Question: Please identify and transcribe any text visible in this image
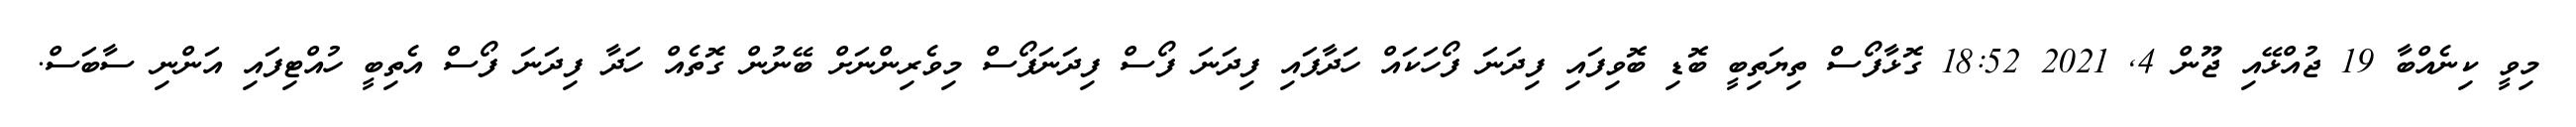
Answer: މިވީ ކިނެއްބާ 19 ޖުއްޅޭއި ޖޫން 4, 2021 18:52 ގޮޅާފޯސް ތިޔަތިބީ ބޮޑި ބޮވިފައި ފިދަނަ ފޯހަކައް ހަދާފައި ފިދަނަ ފޯސް ފިދަނަފޯސް މިވެރިންނަށް ބޭނުން ގޮތެއް ހަދާ ފިދަނަ ފޯސް އެތިބީ ހުއްޓިފައި އަންނި ސާބަސް.